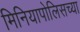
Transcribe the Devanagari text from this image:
मिनियापोलिसच्या